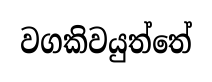
වගකිවයුත්තේ